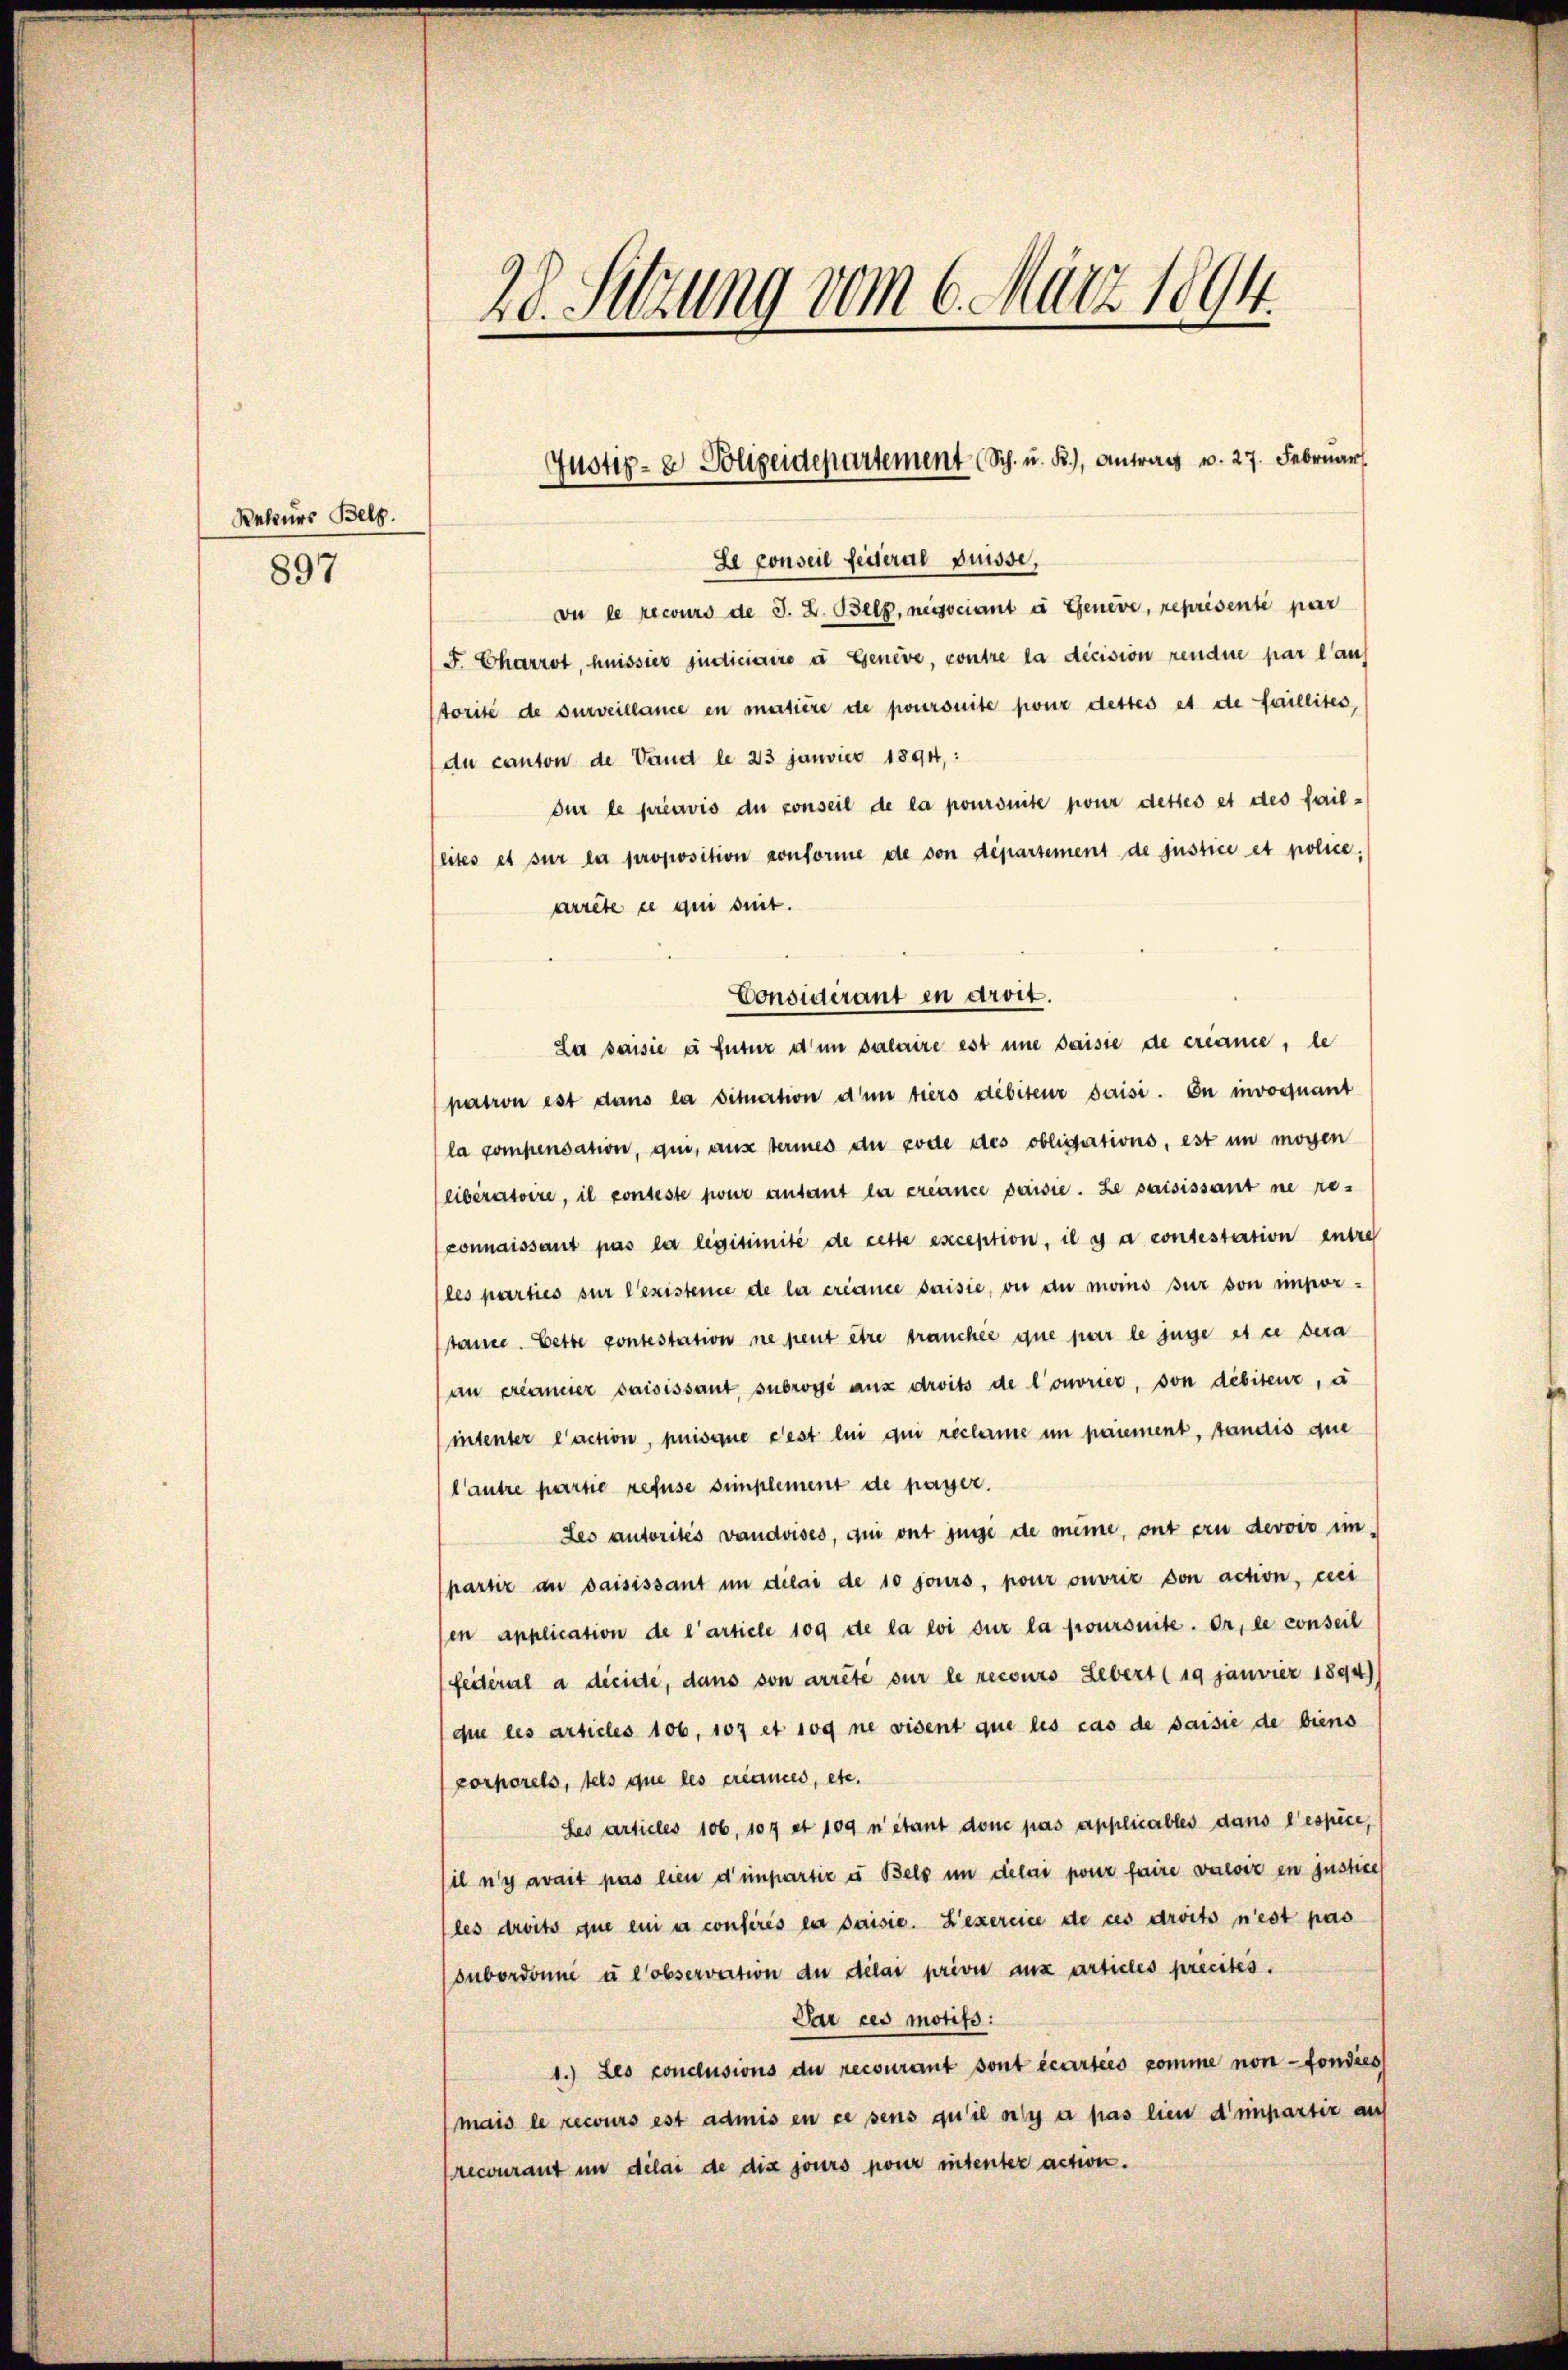
Rekurs Belg.
897

Le conseil fessera puisse,
vu le recours de J. Z. Belp, nassociant à Genève, représenté par
F. Charrot, heissier judiciaire u Geneve, contre la decision rendue par lauf
torité de surveillance en matière de poursuite pour dettes et de faillites,
du canton de Vand le 23 janvier 1894,:
dur le préavis du conseil de la poursuite pour dettes et des fail-
lites et sur la proposition conforme de von département de justice et policearrete ce qui suit.
Considérant en droit.
La saisie e futur d’un salaire est une saisie de créance, de
pation est dans la situation d’un tiers débiteur saisi. In invoquant
la compensation, qui, aus termes du code des obligations, est in mögen
eiberatoire, il conteste pour anfant la créance paisie. Le saisissant ne re-
connaissant pas la legitimité de cette exception, il y a contestation entre
les parties sur l’existence de la créance saisie, ou du moins sur son impor-
tance. Cette contestation ne peut être tranchée que par le juge et ce sera
an créancier saisissant subrogé aux droits de l’ouvrier, von débiteur, a
intenter l’action, puisque c’est lui qui reclame in paiement, standis die
l’autre partie refuse simplement de payer.
Les autorités vaudoises, qui ont juge de même, ont ein devoir im
partir an saisissant in dilai de 10 jours, pour ouvriz von action, nei
en application de l’article 109 de la loi sur la proursuite. Er, le conseil
feiteral a dieide, dans von arrête sur le recours Lebert (19 janvier 1894)
que les articles 106. 107 et 100 ne vident que les cas de saisie de biens
porporels, tels que les créances, etc.
Les articles 106, 107 et 109 n’étant donc pas applicables dans l’espice,
il n’y avait pas lieu d’impartie u Belo in delai pour faire valoir en justice
les droits que ein in consérés la saisie. Lexercice de ces droits n’est pas
subordonne u lobservation du délai privie aux articles precités.
Par ces motifs:
1.) Les conclusions de recourant sont écarteis komme non fondies
mais le recours est admis en ce sens qu’il n’y a pas lieu d’impartiz auf
recourant im délai de dix jours pour intenter action.

28. Sitzung vom 6. März 1894.

Justiz- & Polizeidepartement (Sch. u. B.), Antrag u. 27. Febrŭar